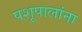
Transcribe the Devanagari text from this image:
पशूपालांना